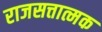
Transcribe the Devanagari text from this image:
राजसत्तात्मक